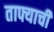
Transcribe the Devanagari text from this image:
ताफ्याची